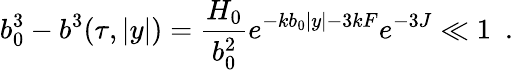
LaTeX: b_{0}^{3}-b^{3}(\tau,|y|)=\frac{H_{0}}{b_{0}^{2}}e^{-kb_{0}|y|-3kF}e^{-3J}\ll 1~~.